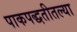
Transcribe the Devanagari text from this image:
पाकपद्धतीतल्या